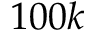
1 0 0 k